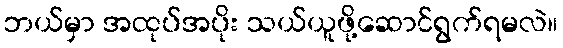
ဘယ်မှာ အထုပ်အပိုး သယ်ယူဖို့ဆောင်ရွက်ရမလဲ။